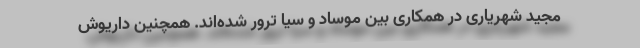
مجید شهریاری در همکاری بین موساد و سیا ترور شده‌اند. همچنین داریوش